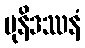
မုနိဒဿနံ